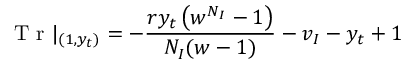
\mathrm { ~ T ~ r ~ } | _ { ( 1 , y _ { t } ) } = - \frac { r y _ { t } \left( w ^ { N _ { I } } - 1 \right) } { N _ { I } ( w - 1 ) } - v _ { I } - y _ { t } + 1